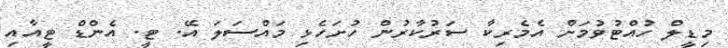
މިޑީލް ހުއްޓުވުމަށް އެމެރިކާ ސަރުކާރުން ހުށަހެޅި މައްސަލަ އޭ. ޓީ. އެންޑް ޓީއާއި